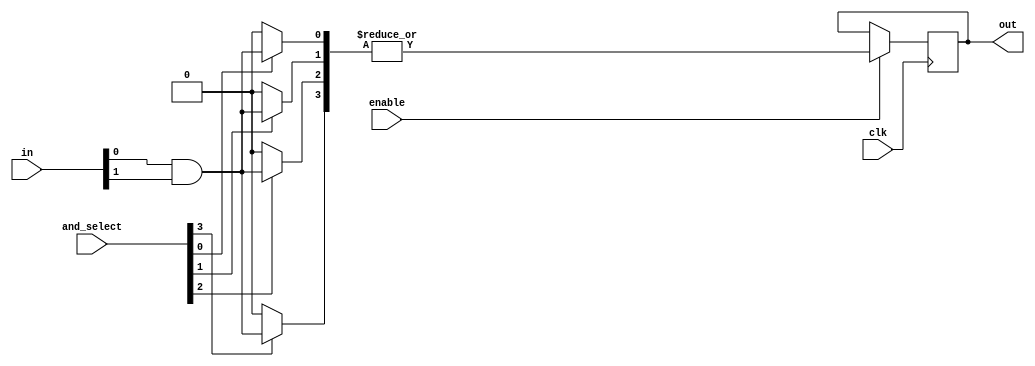
module RPAL #(
    parameter NUM_INPUTS = 4,  // Number of inputs
    parameter NUM_AND_TERMS = 4, // Number of product terms
    parameter OUTPUT_WIDTH = 1  // Width of the output
)(
    input [NUM_INPUTS-1:0] in,            // Input signals
    input [NUM_AND_TERMS-1:0] and_select,  // Select signals for AND gates
    input clk,                              // Clock signal
    input enable,                           // Enable signal for registers
    output reg [OUTPUT_WIDTH-1:0] out      // Output registers
);

// Programmable AND array
wire [NUM_AND_TERMS-1:0] and_out;

// Generate AND gates based on the selection
generate
    genvar i, j;
    for (i = 0; i < NUM_AND_TERMS; i = i + 1) begin : and_array
        assign and_out[i] = and_select[i] ? (in[0] & in[1]) : 1'b0; // Example logic for AND gates
        // You can expand the logic here for each AND gate based on specific configuration
    end
endgenerate

// Fixed OR array
wire or_out;
assign or_out = |and_out;  // Combining AND outputs using OR

// Registering the output
always @(posedge clk) begin
    if (enable) begin
        out <= or_out;  // Latch the output on clock edge if enabled
    end
end

endmodule